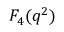
F _ { 4 } ( q ^ { 2 } )